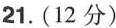
21.(12分)